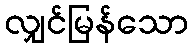
လျှင်မြန်သော